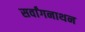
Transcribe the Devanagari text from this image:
सर्वांगनाथन